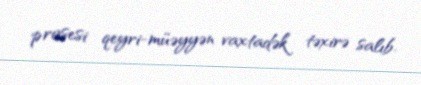
prosesi qeyri-müəyyən vaxtadək təxirə salıb.